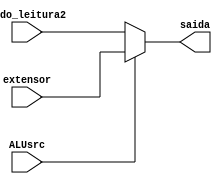
module mux_ula(ALUsrc, dado_leitura2, extensor, saida);
input [31:0] dado_leitura2, extensor;
input ALUsrc;
output reg [31:0] saida;

always @(ALUsrc)
	begin
		if (ALUsrc)
			begin
				saida = extensor;
			end
		else
			begin
				saida = dado_leitura2;
			end
	end
endmodule